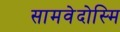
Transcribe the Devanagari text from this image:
सामवेदोस्मि